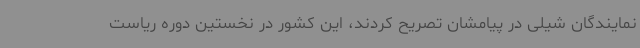
نمایندگان شیلی در پیامشان تصریح کردند، این کشور در نخستین دوره ریاست